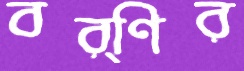
বর্ণির